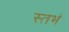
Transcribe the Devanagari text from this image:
स्तभं